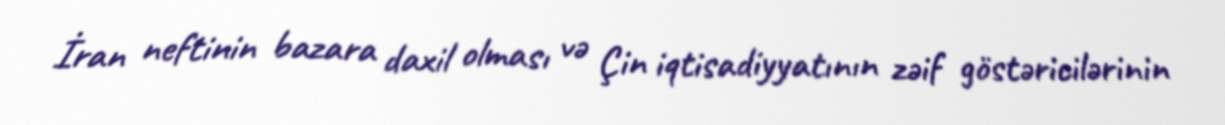
İran neftinin bazara daxil olması və Çin iqtisadiyyatının zəif göstəricilərinin